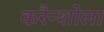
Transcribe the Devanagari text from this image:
करैन्शोला